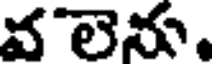
వలెను.